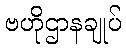
ဗဟိုဌာနချုပ်